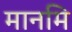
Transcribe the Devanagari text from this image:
मानमि